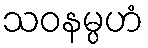
သဝနမ္ပဟံ